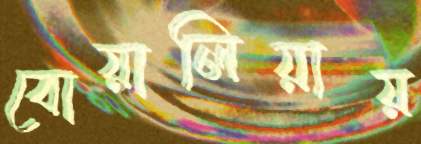
বোয়ালিয়ায়